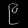
Digit: ၉